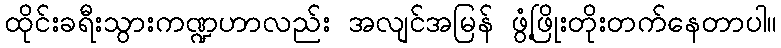
ထိုင်းခရီးသွားကဏ္ဍဟာလည်း အလျင်အမြန် ဖွံ့ဖြိုးတိုးတက်နေတာပါ။